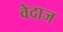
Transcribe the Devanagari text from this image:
वेदाज